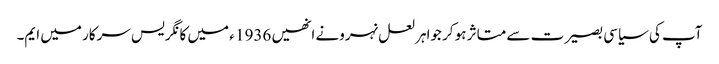
آپ کی سیاسی بصیرت سے متاثر ہو کر جواہر لعل نہرونے انھیں 1936 ء میں کانگریس سرکار میں ایم۔